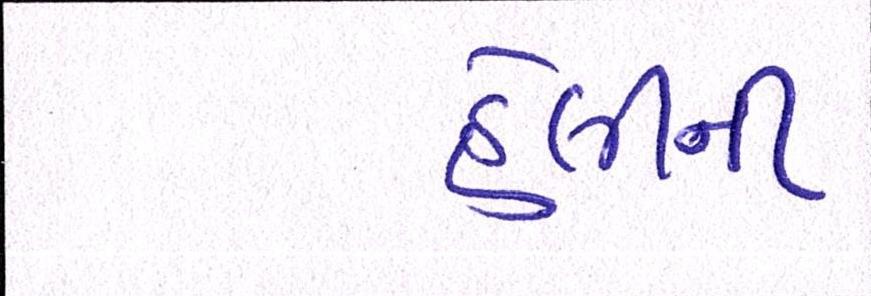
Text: હેલીની